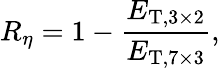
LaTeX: R_{\eta}=1-\frac{E_{\mathrm{T},3\times 2}}{E_{\mathrm{T},7\times 3}},